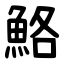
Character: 鮥